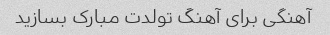
آهنگی برای آهنگ تولدت مبارک بسازید